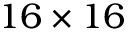
1 6 \times 1 6